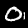
Digit: 0